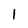
Character: 1